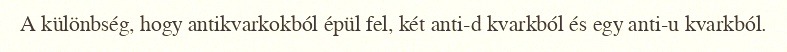
A különbség, hogy antikvarkokból épül fel, két anti-d kvarkból és egy anti-u kvarkból.